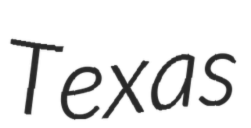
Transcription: Texas